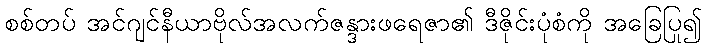
စစ်တပ် အင်ဂျင်နီယာဗိုလ်အလက်ဇန္ဒားဖရေဇာ၏ ဒီဇိုင်းပုံစံကို အခြေပြု၍